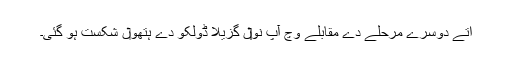
اُتے دوسرے مرحلے دے مقابلے وچ آپ نو‏‏ں گزیلا ڈولکو دے ہتھو‏ں شکست ہو گئی۔